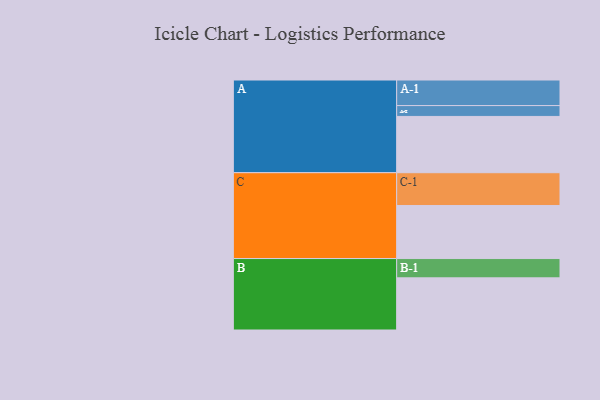
{"axis": {"x": "Segment", "y": "Value"}, "legend": ["", "A", "B", "C"], "data": [{"x": "A", "y": 508, "type": ""}, {"x": "B", "y": 471, "type": ""}, {"x": "C", "y": 479, "type": ""}, {"x": "A-1", "y": 231, "type": "A"}, {"x": "A-2", "y": 98, "type": "A"}, {"x": "B-1", "y": 174, "type": "B"}, {"x": "C-1", "y": 296, "type": "C"}]}